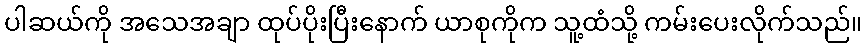
ပါဆယ်ကို အသေအချာ ထုပ်ပိုးပြီးနောက် ယာစုကိုက သူ့ထံသို့ ကမ်းပေးလိုက်သည်။